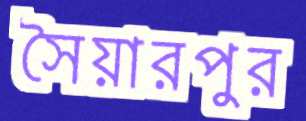
সৈয়ারপুর